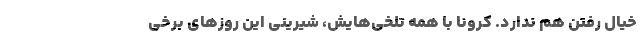
خیال رفتن هم ندارد. کرونا با همه تلخی‌هایش، شیرینی این روز‌های برخی